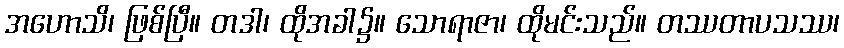
အဟောသိ၊ ဖြစ်ပြီ။ တဒါ၊ ထိုအခါ၌။ သောရာဇာ၊ ထိုမင်းသည်။ တဿတာပသဿ၊